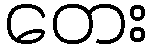
တေး